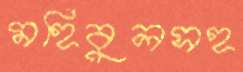
মহিবুলসহ